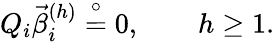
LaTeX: Q_{i}\vec{\beta}_{i}^{(h)}\stackrel{\circ}{=}{0},\quad\quad h\geq 1.